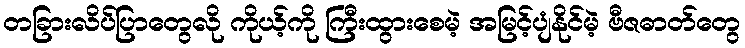
တခြားလိပ်ပြာတွေလို ကိုယ့်ကို ကြီးထွားစေမဲ့ အမြင့်ပျံနိုင်မဲ့ ဗီဇဓာတ်တွေ